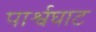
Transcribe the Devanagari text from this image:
पार्श्वघाट